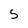
Character: 5